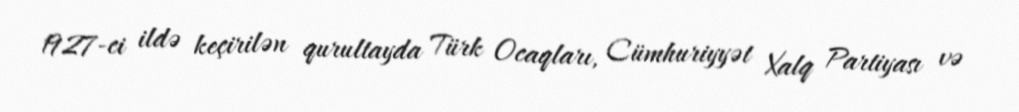
1927-ci ildə keçirilən qurultayda Türk Ocaqları, Cümhuriyyət Xalq Partiyası və